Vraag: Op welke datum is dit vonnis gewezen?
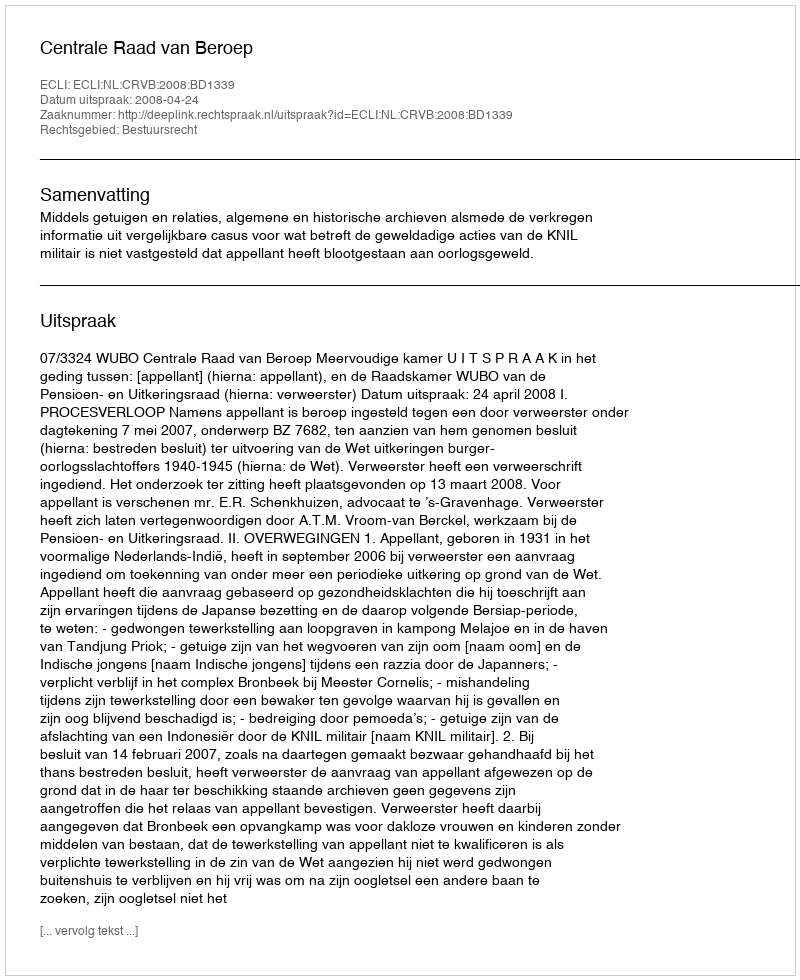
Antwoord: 2008-04-24